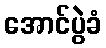
အောင်ပွဲခံ